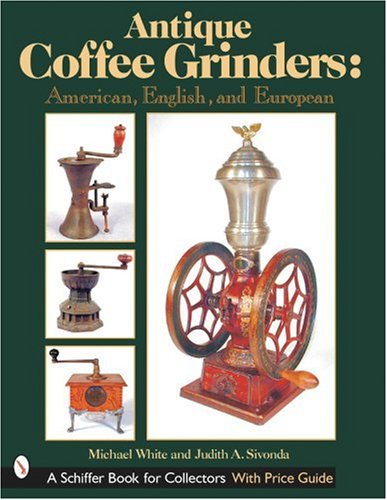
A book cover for Antique Coffee Grinders: American, English, and European (Schiffer Book for Collectors); Michael L. White; Crafts, Hobbies & Home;